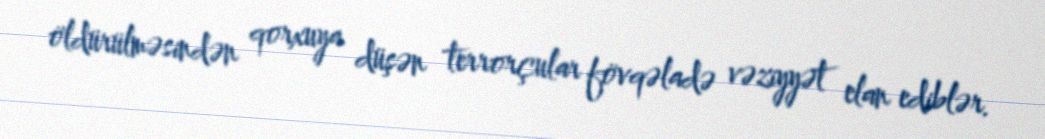
öldürülməsindən qorxuya düşən terrorçular fövqəladə vəziyyət elan ediblər.